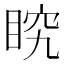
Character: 𭾶